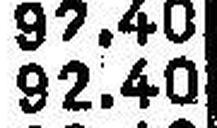
92.40